Document type: Sale
Year: 1430
Scribe: [Unknown]
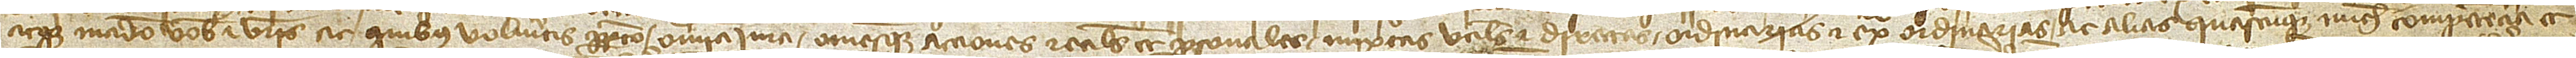
atque mando vobis et vestris ac quibus volueritis perpetuo omnia iura omnesque acciones reales et personales, mixtas, utiles et directas, ordinarias et extraordinarias ac alias quascumque michi competencia et